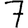
Digit: 7